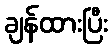
ချန်ထားပြီး